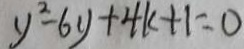
y ^ { 2 } - 6 y + 4 k + 1 = 0